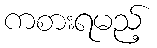
ကစားရမည့်